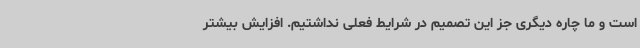
است و ما چاره دیگری جز این تصمیم در شرایط فعلی نداشتیم. افزایش بیشتر